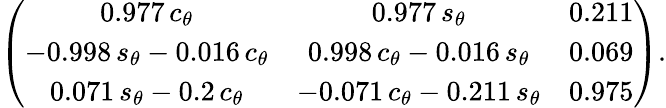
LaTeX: \left(\begin{array}{ccc}{{0.977\, c_{\theta}}}&{{0.977\, s_{\theta}}}&{{0.211}}\\ {{-0.998\, s_{\theta}-0.016\, c_{\theta}}}&{{0.998\, c_{\theta}-0.016\, s_{\theta}}}&{{0.069}}\\ {{0.071\, s_{\theta}-0.2\, c_{\theta}}}&{{-0.071\, c_{\theta}-0.211\, s_{\theta}}}&{{0.975}}\end{array}\right).